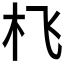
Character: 𱢿